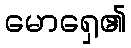
မောရှေ၏